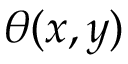
\theta ( x , y )